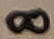
Text: 8